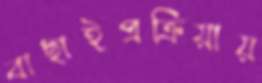
বাছাইপ্রক্রিয়ায়